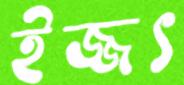
ইজ্জৎ